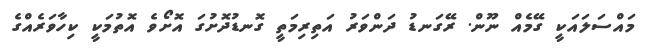
މައްސަލައަކީ ގޭމެއް ނޫން. ރޭގަނޑު ދަންވަރު އަތިރިމަތީ ގޮނޑުދޮށުގަ އޮށޯވެ އޮތުމަކީ ކިހާވަރެއްގެ